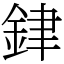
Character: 銉